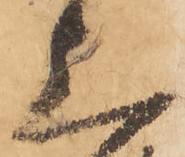
上